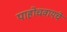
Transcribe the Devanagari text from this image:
पाहोचवायचे